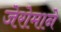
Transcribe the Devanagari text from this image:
जेरोमाने